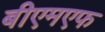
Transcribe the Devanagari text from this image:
बीएमएफ